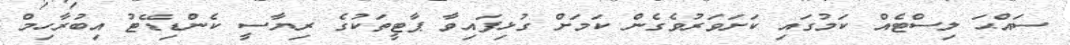
ސައްޙަ ލިސްޓެއް ކަމުގައި ކަށަވަރުވެގެން ކަމަށް ގުޅިފައިވާ ޕާޓީތަކުގެ ރިޔާސީ ކެންޑިޑޭޓު އިބުރާހިމް